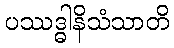
ပဿဒ္ဓါနိသံသာတိ